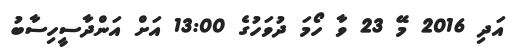
އަދި 2016 މޭ 23 ވާ ހޯމަ ދުވަހުގެ 13:00 އަށް އަންދާސީހިސާބު